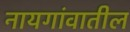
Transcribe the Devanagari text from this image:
नायगांवातील